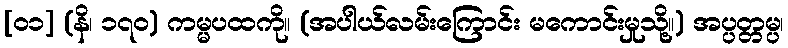
[၀၁] (နိ၊ ၁၇၀) ကမ္မပထကို။ (အပါယ်လမ်းကြောင်း မကောင်းမှုသို့။) အပ္ပတ္တမ္ပ၊